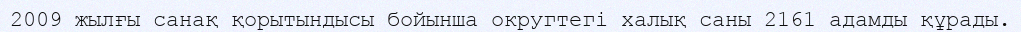
2009 жылғы санақ қорытындысы бойынша округтегі халық саны 2161 адамды құрады.